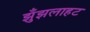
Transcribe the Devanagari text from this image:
झुँझलाहट